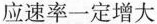
应速率一定增大